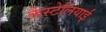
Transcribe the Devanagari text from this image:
कैस्टेलियाई